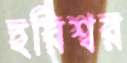
হরিশ্বর